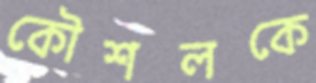
কৌশলকে